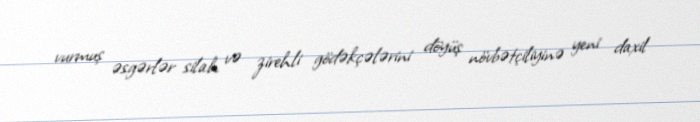
vurmuş əsgərlər silah və zirehli gödəkçələrini döyüş növbətçiliyinə yeni daxil